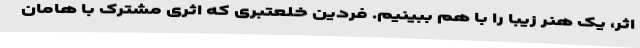
اثر، یک هنر زیبا را با هم ببینیم. فردین خلعتبری که اثری مشترک با هامان